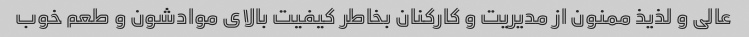
عالی و لذیذ ممنون از مدیریت و کارکنان بخاطر کیفیت بالای موادشون و طعم خوب